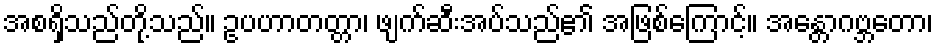
အစရှိသည်တို့သည်။ ဥပဟာတတ္တာ၊ ဖျက်ဆီးအပ်သည်၏ အဖြစ်ကြောင့်။ အန္တောဂဗ္ဘတော၊